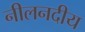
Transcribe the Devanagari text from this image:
नीलनदीय